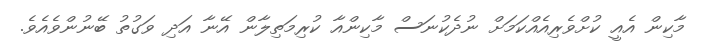
މާކިން އެއީ ކުށްވެރިއެއްކަމަށް ނުދެކުނަސް މާކިންއާ ކުރިމަތިލާން އޭނާ އަދި ވަގުތު ބޭނުންވެއެވެ.